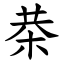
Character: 㭟